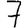
Digit: 7